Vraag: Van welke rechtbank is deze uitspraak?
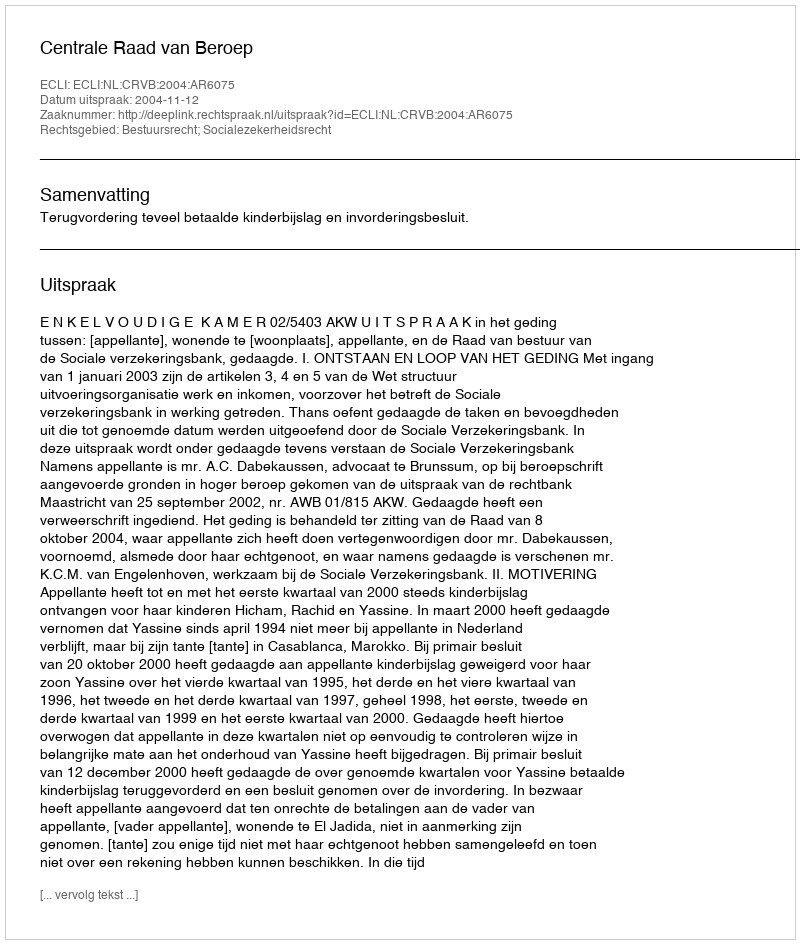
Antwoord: Centrale Raad van Beroep